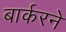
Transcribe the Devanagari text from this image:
बार्करने